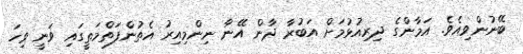
ބޭނުންވިއެވެ. އަމާންގެ ދިރިއުޅުމަށް އަބުރާ ދާން އޭނާ ނިންމިއިރު އެތުންފަތްމަތީގައި ވަނީ ވިހަ